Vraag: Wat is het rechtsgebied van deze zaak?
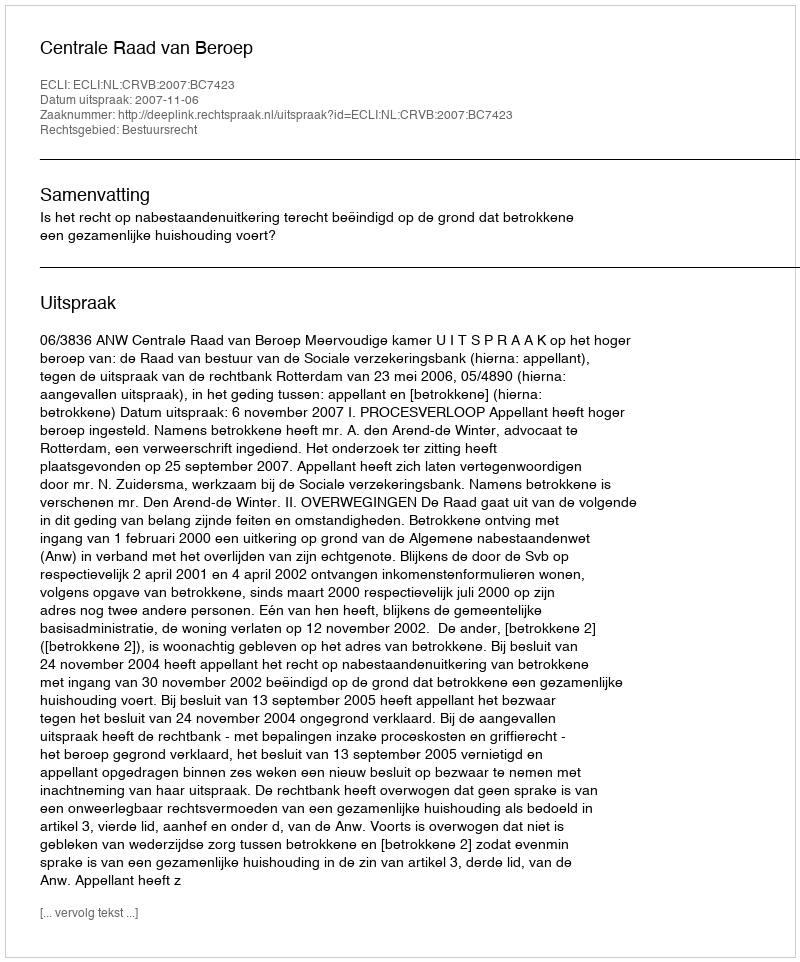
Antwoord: Bestuursrecht